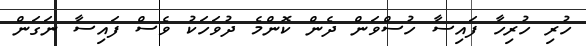
ހުރި ހުރިހާ ފައިސާ ހުސްވަން ދެން ކޮންމެ ދުވަހަކު ވެސް ފައިސާ ނަގަން